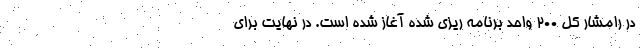
در رامشار کل ۲۰۰ واحد برنامه ریزی شده آغاز شده است. در نهایت برای